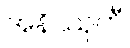
အနိဿုကီ